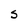
Character: S